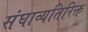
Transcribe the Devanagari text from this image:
संघाव्यतिरिक्त